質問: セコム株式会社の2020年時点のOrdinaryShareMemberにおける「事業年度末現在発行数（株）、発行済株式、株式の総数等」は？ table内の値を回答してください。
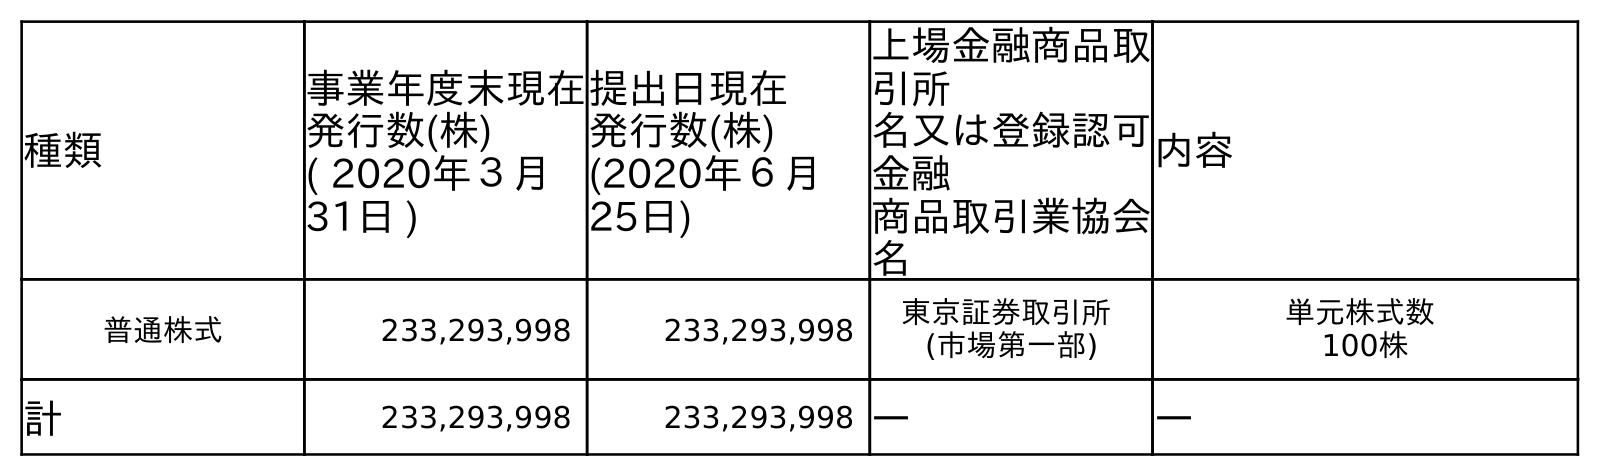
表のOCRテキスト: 種類 事業年度末現在 発行数(株) ( 2020年３月 31日 ) 提出日現在 発行数(株) (2020年６月 25日) 上場金融商品取 引所 名又は登録認可 金融 商品取引業協会 名 内容 普通株式 233,293,998 233,293,998 東京証券取引所 (市場第一部) 単元株式数 100株 計 233,293,998 233,293,998 ― ―
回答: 233,293,998